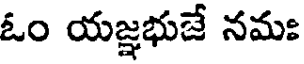
ఓం యజ్ఞభుజే నమః